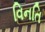
વિનતિ